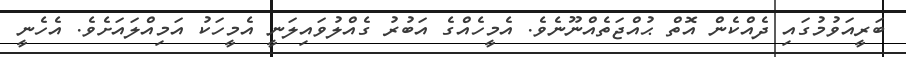
ބަރީއަވުމުގައި ދެއްކެން އޮތް ޙުއްޖަތެއްނޫނެވެ. އެމީހެއްގެ އަބުރު ގެއްލުވައިލަނީ އެމީހަކު އަމިއްލައަށެވެ. އެހެނީ